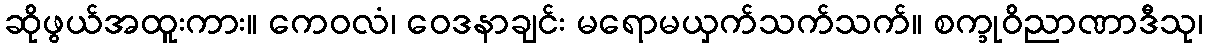
ဆိုဖွယ်အထူးကား။ ကေဝလံ၊ ဝေဒနာချင်း မရောမယှက်သက်သက်။ စက္ခုဝိညာဏာဒီသု၊